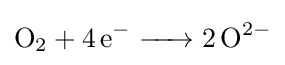
{\ce {O2 + 4e- -> 2 O^2-}}